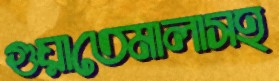
গুয়াতেমালাসহ